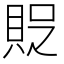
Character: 𧵐